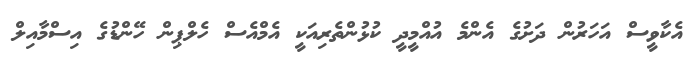
އެކާވީސް އަހަރުން ދަށުގެ އެންމެ އުއްމީދީ ކުޅުންތެރިއަކީ އެމްއެސް ހެލްޕިން ހޭންޑުގެ އިސްމާއިލް